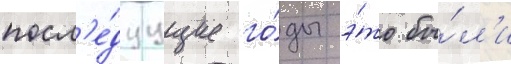
посл'е́дуущие го́ды э́то бы́л'и